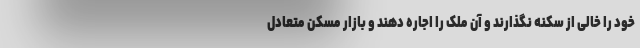
خود را خالی از سکنه نگذارند و آن ملک را اجاره دهند و بازار مسکن متعادل